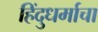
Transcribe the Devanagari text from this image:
हिंदुधर्माचा